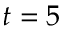
t = 5